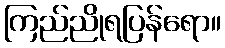
ကြည်ညိုရပြန်ရော။